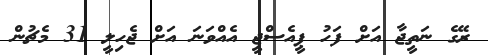
ރޭގެ ނަތީޖާ އަށް ފަހު ޕީއެސްޖީ އެއްވަނަ އަށް ޖެހިލީ 31 މެޗުން